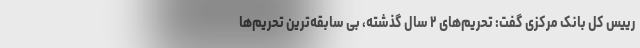
رییس کل بانک مرکزی گفت: تحریم‌های ۲ سال گذشته، بی‌ سابقه‌ترین تحریم‌ها